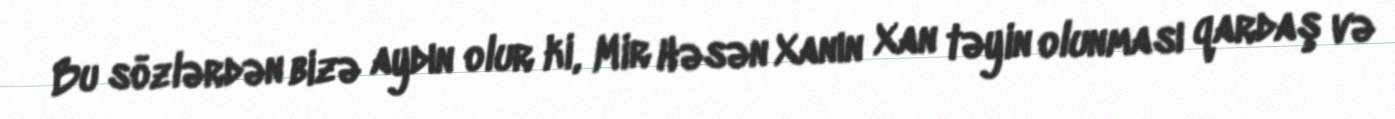
Bu sözlərdən bizə aydın olur ki, Mir Həsən Xanın Xan təyin olunması qardaş və